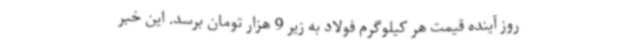
روز آینده قیمت هر کیلوگرم فولاد به زیر 9 هزار تومان برسد. این خبر